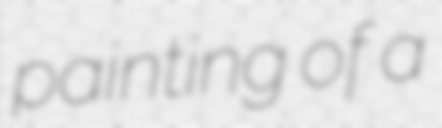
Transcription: painting of a